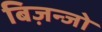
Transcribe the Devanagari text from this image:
बिज़न्जो